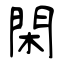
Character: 閑